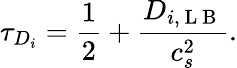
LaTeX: \tau_{D_{i}}=\frac{1}{2}+\frac{D_{i,\mathrm{~L~B~}}}{c_{s}^{2}}.